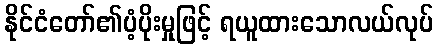
နိုင်ငံတော်၏ပံ့ပိုးမှုဖြင့် ရယူထားသောလယ်လုပ်